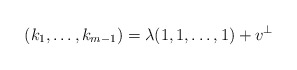
\begin{align*}(k_1,\ldots,k_{m-1}) = \lambda (1,1,\ldots, 1) + v^{\perp}\end{align*}